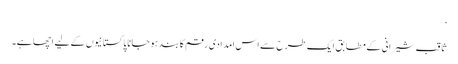
‘
ثاقب شیرانی کے مطابق ایک طرح سے اس امدادی رقم کا بند ہو جانا پاکستانیوں کے لیے اچھا ہے۔